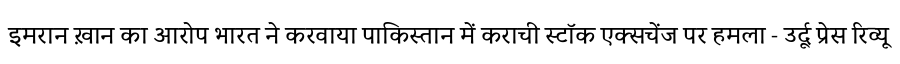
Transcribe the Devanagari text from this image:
इमरान ख़ान का आरोप भारत ने करवाया पाकिस्तान में कराची स्टॉक एक्सचेंज पर हमला - उर्दू प्रेस रिव्यू